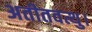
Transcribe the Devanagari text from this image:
अतीतवत्थु।